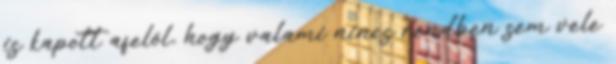
is kapott afelõl, hogy valami nincs rendben sem vele